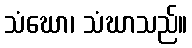
သံဃော၊ သံဃာသည်။